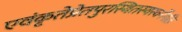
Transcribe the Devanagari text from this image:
एवंकृतेप्रेतपुरस्थितस्यस्वर्गेगतिः